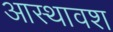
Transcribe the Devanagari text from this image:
आस्थावश